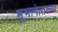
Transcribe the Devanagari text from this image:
भूभागातल्या